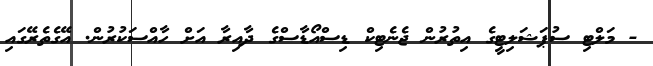
- މަލްޓި ސުޕަޝަލިޓީގެ އިތުރުން ޖެނެޓިކް ޑިސްއޯޑާސްގެ ދާއިރާ އަށް ހާއްސަކުރުން. އޭގެތެރޭގައި